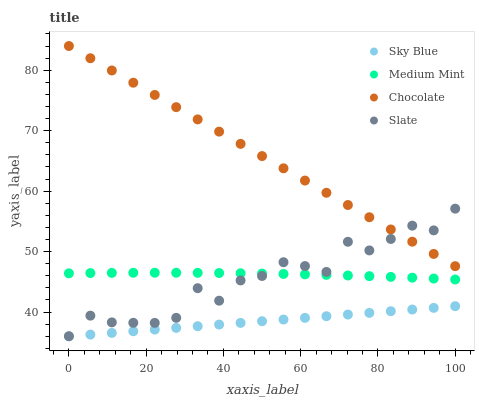
| xaxis_label | Sky Blue | Medium Mint | Chocolate | Slate |
 | --- | --- | --- | --- | --- |
 | 0 | 36 | 46.4 | 84 | 36 |
 | 5.56 | 36.3 | 46.4 | 82 | 39.4 |
 | 11.1 | 36.6 | 46.5 | 80 | 38.3 |
 | 16.7 | 36.8 | 46.5 | 77.9 | 38.2 |
 | 22.2 | 37.1 | 46.5 | 75.9 | 38.2 |
 | 27.8 | 37.4 | 46.5 | 73.9 | 39 |
 | 33.3 | 37.7 | 46.5 | 71.9 | 43.9 |
 | 38.9 | 37.9 | 46.5 | 69.8 | 41.9 |
 | 44.4 | 38.2 | 46.4 | 67.8 | 45.2 |
 | 50 | 38.5 | 46.4 | 65.8 | 46 |
 | 55.6 | 38.8 | 46.3 | 63.8 | 48.2 |
 | 61.1 | 39 | 46.2 | 61.8 | 47.6 |
 | 66.7 | 39.3 | 46.1 | 59.7 | 46.6 |
 | 72.2 | 39.6 | 46 | 57.7 | 51.6 |
 | 77.8 | 39.9 | 45.9 | 55.7 | 50.2 |
 | 83.3 | 40.1 | 45.8 | 53.7 | 52.1 |
 | 88.9 | 40.4 | 45.7 | 51.6 | 54.3 |
 | 94.4 | 40.7 | 45.5 | 49.6 | 53.5 |
 | 100 | 41 | 45.4 | 47.6 | 57.1 |